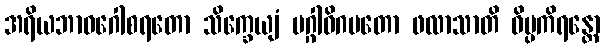
အရိယဘာဝဂေါစရတော သိက္ခေယျံ မဂ္ဂါဓိဂမတော ဖလာသာတိ ဝိပ္ပကိရန္တော